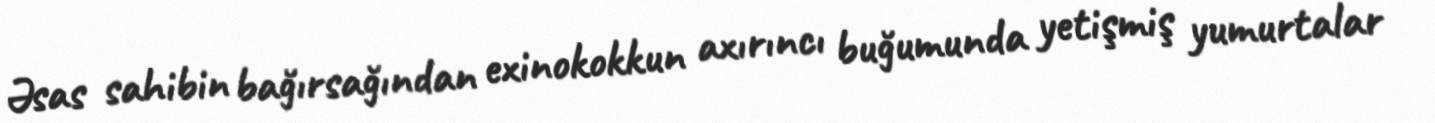
Əsas sahibin bağırsağından exinokokkun axırıncı buğumunda yetişmiş yumurtalar